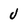
Character: J